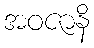
အဝဇာနိ